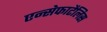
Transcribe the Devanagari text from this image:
एन्सेफाटैलिस